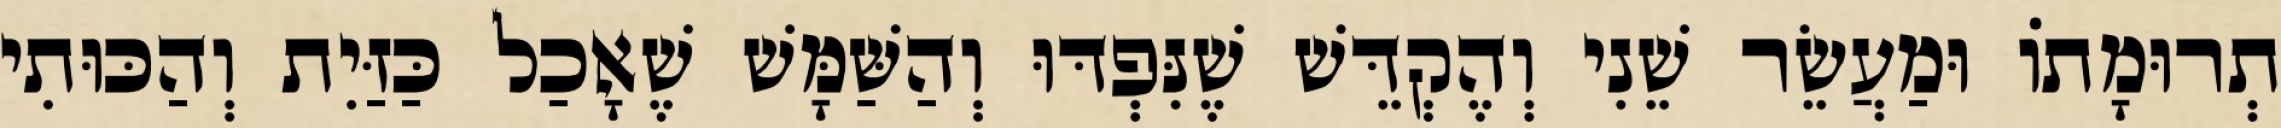
תְרוּמָתוֹ וּמַעֲשֵׂר שֵׁנִי וְהֶקְדֵּשׁ שֶׁנִּפְדּוּ וְהַשַּׁמָּשׁ שֶׁאָכַל כַּזַּיִת וְהַכּוּתִי